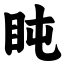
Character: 盹